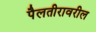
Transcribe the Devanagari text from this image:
पैलतीरावरील